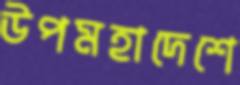
উপমহাদেশে